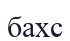
бахс